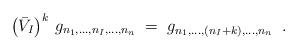
LaTeX: \begin{align*}\left(\bar{V}_I\right)^k \, g_{n_1,\ldots,n_I,\ldots,n_n} \;=\; g_{n_1,\ldots,(n_I+k),\ldots,n_n} \;\;.\end{align*}